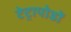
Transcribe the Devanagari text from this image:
टेट्रापोडों